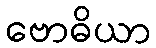
ဗောဓိယာ